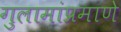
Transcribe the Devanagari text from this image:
गुलामांप्रमाणे